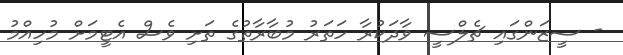
- ސީޒަންގައި ޗެލްސީ ވާދަކުރާ ހަތަރު މުބާރާތުގެ ތަށި ވެސް އެޓީމަށް މުހިއްމު